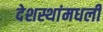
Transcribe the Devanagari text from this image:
देशस्थांमधली